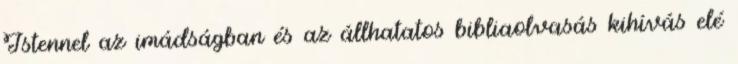
Istennel az imádságban és az állhatatos bibliaolvasás kihívás elé